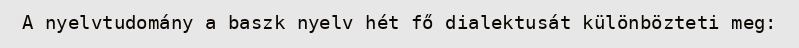
A nyelvtudomány a baszk nyelv hét fő dialektusát különbözteti meg: